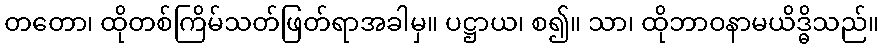
တတော၊ ထိုတစ်ကြိမ်သတ်ဖြတ်ရာအခါမှ။ ပဋ္ဌာယ၊ စ၍။ သာ၊ ထိုဘာဝနာမယိဒ္ဓိသည်။